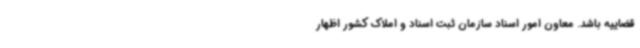
قضاییه باشد. معاون امور اسناد سازمان ثبت اسناد و املاک کشور اظهار